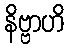
နိဗ္ဗာဟိ